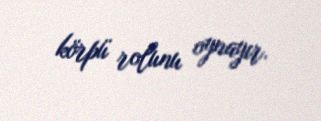
körpü rolunu oynayır.